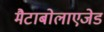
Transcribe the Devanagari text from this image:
मैटाबोलाएजेड